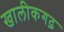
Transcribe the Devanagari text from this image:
खालीकगढ़